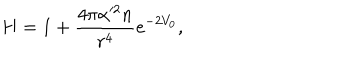
H = 1 + \frac { 4 \pi \alpha ^ { 2 } n } { r ^ { 4 } } e ^ { - 2 V _ { 0 } } ,